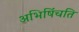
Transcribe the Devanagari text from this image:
अभिषिंचति